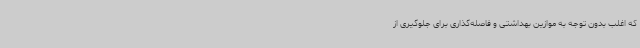
که اغلب بدون توجه به موازین بهداشتی و فاصله‌گذاری برای جلوگیری از